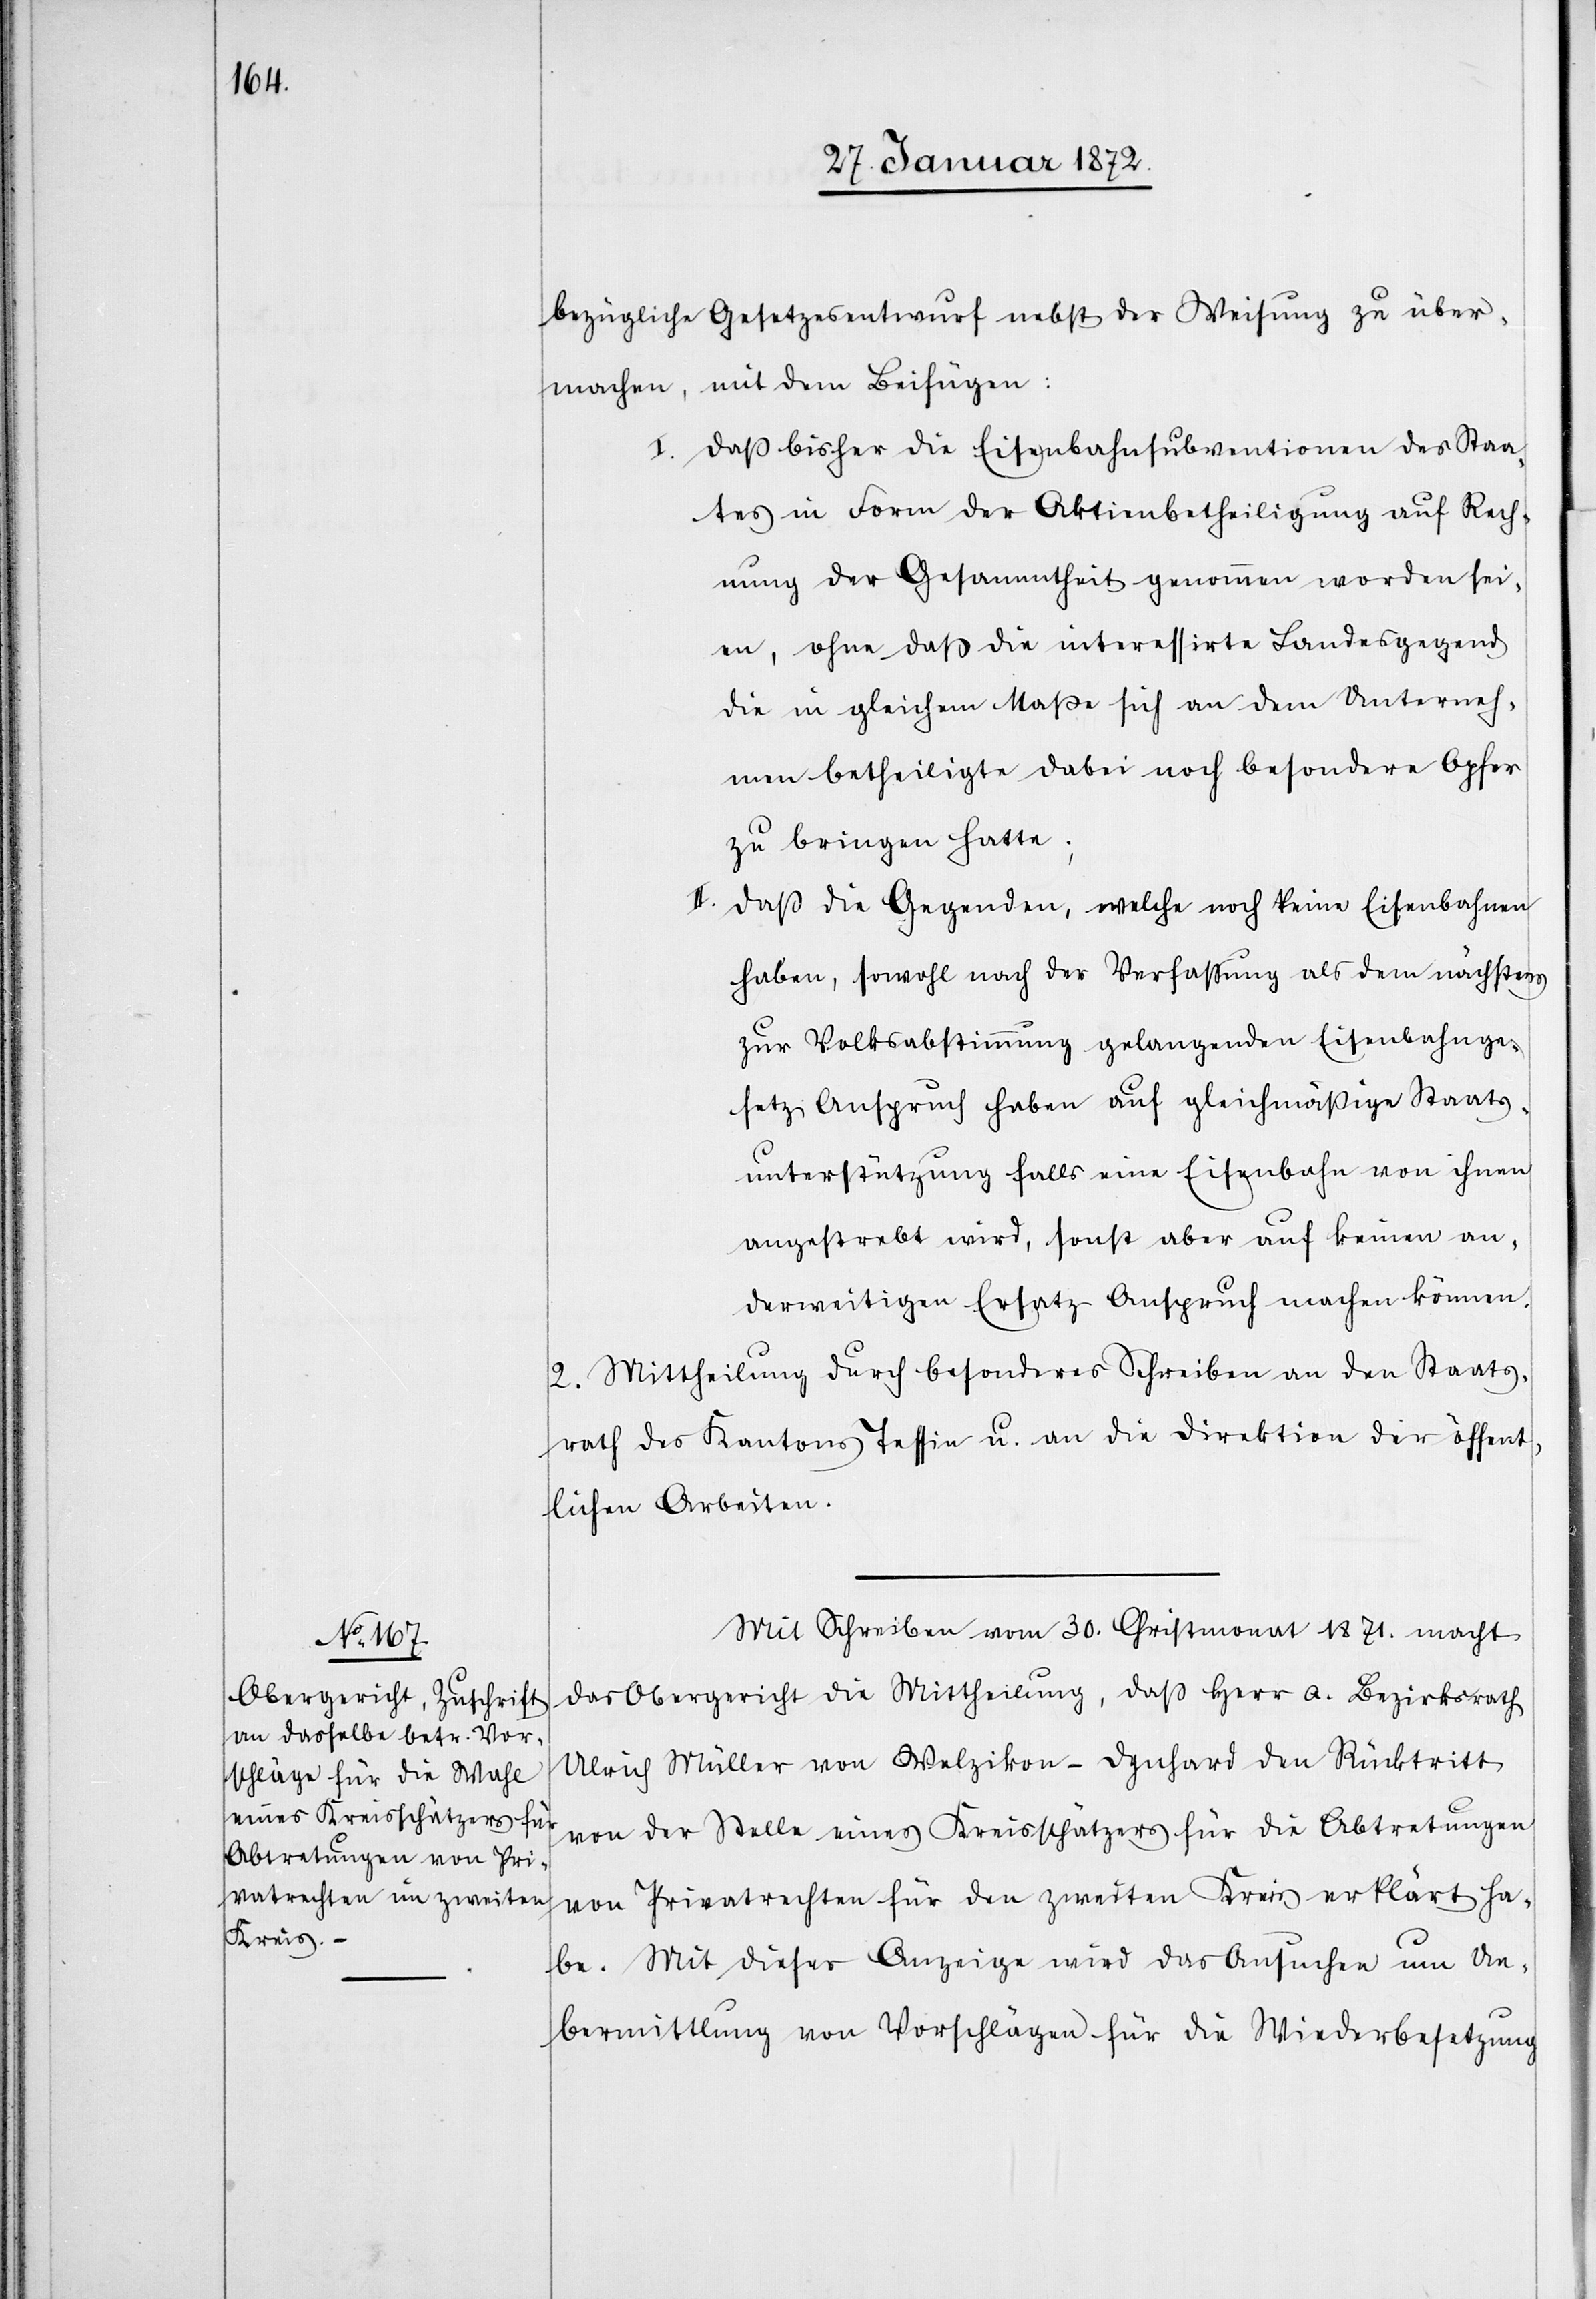
bezügliche Gesetzesentwurf nebst der Weisung zu über¬
machen, mit dem Beifügen:
Daß bisher die Eisenbahnsubventionen des Staa¬
tes in Form der Aktienbetheiligung auf Rech¬
nung der Gesammtheit genommen worden sei¬
en, ohne daß die interessirte Landesgegend
die in gleichem Maße sich an dem Unterneh¬
men betheiligte dabei noch besondere Opfer
zu bringen hatte;
Daß die Gegenden, welche noch keine Eisenbahnen
haben, sowohl nach der Verfassung als dem nächstens
zur Volksabstimmung gelangenden Eisenbahnge¬
setz Anspruch haben auf gleichmäßige Staats¬
unterstützung falls eine Eisenbahn von ihnen
angestrebt wird, sonst aber auf keinen an¬
derweitigen Ersatz Anspruch machen können.
2. Mittheilung durch besonderes Schreiben an den Staats¬
rath des Kantons Tessin u. an die Direktion der öffent¬
lichen Arbeiten.
Mit Schreiben vom 30. Christmonat 1871. macht
das Obergericht die Mittheilung, daß Herr a. Bezirksrath
Ulrich Müller von Welzikon-Dynhard den Rücktritt
von der Stelle eines Kreisschätzers für die Abtretungen
von Privatrechten für den zweiten Kreis erklärt ha¬
be. Mit dieser Anzeige wird das Ansuchen um Ue¬
bermittlung von Vorschlägen für die Wiederbesetzung